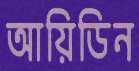
আয়িডিন